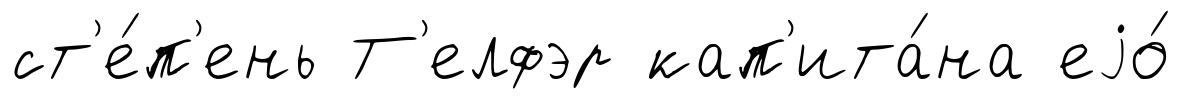
ст'е́п'ень Т'елфэр кап'ита́на еjо́